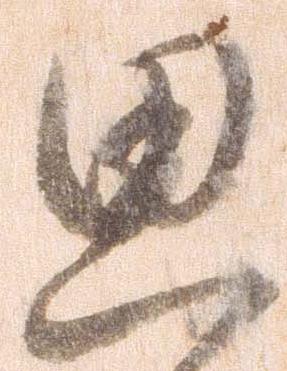
思